Vaccination in Bombay 1874-1876 - 1874-1876
Year: 1874
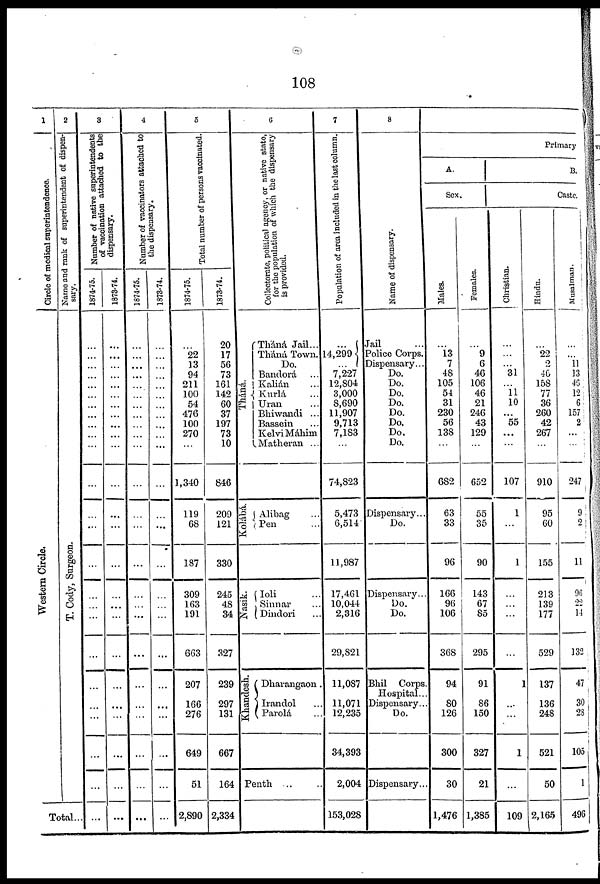
108
1
Circle of medical superintendence.
We s t
e r
n Ci r cl e.
2
Name and rank of superintendent of dispen-
sary.
T. Cody, Sur geon.
Total...
3
Number of native superintendents
of vaccination attached to the
dispensary.
1874-75.
...
...
...
...
...
...
...
...
...
...
...
...
...
...
...
...
...
...
...
...
...
...
...
...
...
1873-74.
...
...
...
...
...
...
...
...
...
...
...
...
...
...
...
...
...
...
...
...
...
...
...
...
...
4
Number of vaccinators attached to
the dispensary.
1874-75.
...
...
...
...
...
...
...
...
...
...
...
...
...
...
...
...
...
...
...
...
...
...
...
...
...
1873-74.
...
...
...
...
...
...
...
...
...
...
...
...
...
...
...
...
...
...
...
...
...
...
...
...
...
5
Total number of persons vaccinated.
1874-75.
...
22
13
94
211
100
54
476
100
270
...
1,340
119
68
187
309
163
191
663
207
166
276
649
51
2,890
1873-74.
20
17
56
73
161
142
60
37
197
73
10
846
209
121
330
245
48
34
327
239
297
131
667
164
2,334
6
Collectorate, political agency, or native state,
for the population of which the dispensary
is provided.
Tháná.
Tháná Jail...
Tháná Town.
Do.
Bandorá ...
Kalián ...
Kurlá ...
Uran ...
Bhiwandi ...
Bassein ...
Kelvi Máhim
Matheran ...
Kolábá.
Alibag ...
Pen ...
Nasik.
Ioli ...
Sinnar ...
Dindori ...
Khandesh.
Dharangaon.
Irandol ...
Parolá ...
Penth ...
7
Population of area included in the last column.
...
14,299
...
7,227
12,804
3,000
8,690
11,907
9,713
7,183
...
74,823
5,473
6,514
11,987
17,461
10,044
2,316
29,821
11,087
11,071
12,235
34,393
2,004
153,028
8
Name of dispensary.
Jail ...
Police Corps.
Dispensary...
Do.
Do.
Do.
Do.
Do.
Do.
Do.
Do.
Dispensary...
Do.
Dispensary...
Do.
Do.
Bhil Corps
Hospital...
Dispensary...
Do.
Dispensary..
Primary
A.
Sex.
Males.
...
13
7
48
105
54
31
230
56
138
...
682
63
33
96
166
96
106
368
94
80
126
300
30
1,476
Females.
...
9
6
46
106
46
21
246
43
129
...
652
55
35
90
143
67
85
295
91
86
150
327
21
1,385
B.
Caste,
Christian.
...
...
...
31
...
11
10
...
55
...
...
107
1
...
1
...
...
...
...
1
...
...
1
...
109
Hindu.
...
22
2
46
158
77
36
260
42
267
...
910
95
60
155
213
139
177
529
137
136
248
521
50
2,165
Musalman.
...
...
11
13
46
12
6
157
2
...
...
247
9
2
11
96
22
14
132
47
30
28
105
1
496